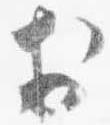
於